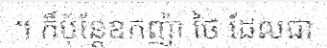
។ ក៏ប៉ុន្តែឧកញ៉ា ថៃ ដែលជា